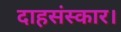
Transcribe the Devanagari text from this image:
दाहसंस्कार।